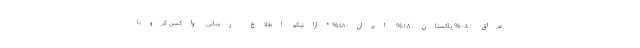
عراق : ٠.٤% پاکستان: ١.٨% ایران: ٤٨% *ارانیکو اطلاع ‌رسانی واکسن کرونا